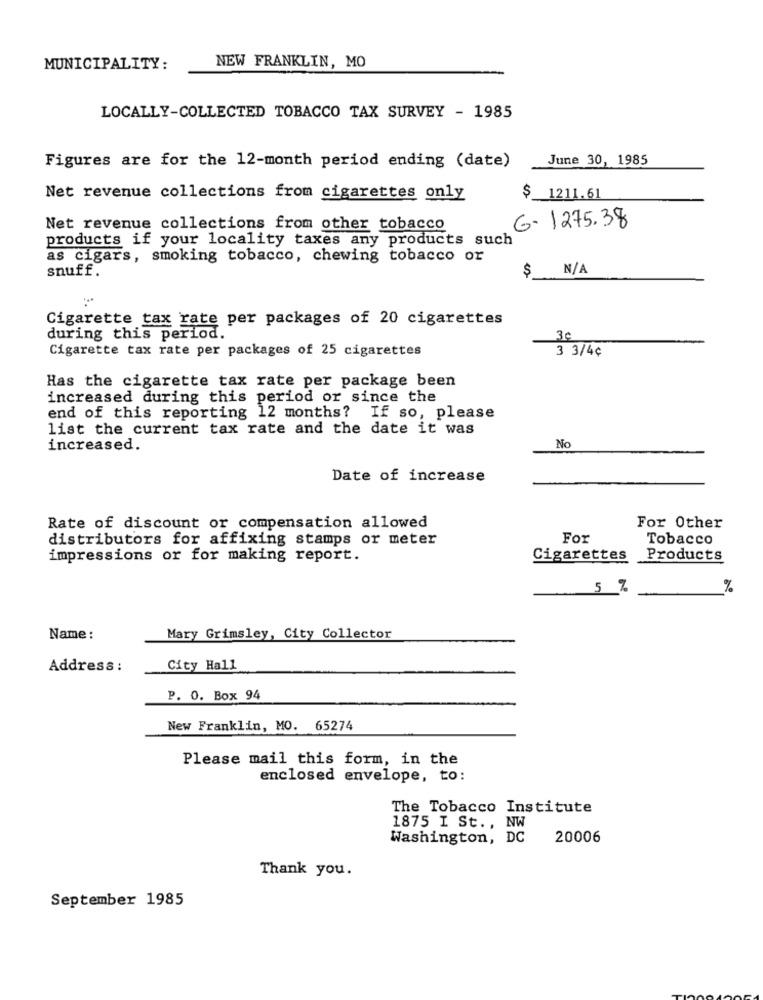
MUNICIPALITY:
NEW FRANKLIN, MO
LOCALLY-COLLECTED TOBACCO TAX SURVEY - 1985
June 30, 1985
Figures are for the 12-month period ending (date)
Net revenue collections from cigarettes only
$ 1211.61
G- 1275.38
Net revenue collections from other tobacco
products if your locality taxes any products such
as cigars, smoking tobacco, chewing tobacco or
snuff.
$
Cigarette tax rate per packages of 20 cigarettes
during this period.
30
Cigarette tax rate per packages of 25 cigarettes
3 3/4¢
Has the cigarette tax rate per package been
increased during this period or since the
end of this reporting 12 months? If so, please
list the current tax rate and the date it was
No
increased.
Date of increase
Rate of discount or compensation allowed
For Other
distributors for affixing stamps or meter
For
Tobacco
impressions or for making report.
Cigarettes
Products
5 %
%
Name :
Mary Grimsley, City Collector
Address :
City Hall
P. O. Box 94
New Franklin, MO. 65274
Please mail this form, in the
enclosed envelope, to:
The Tobacco Institute
1875 I St ., NW
Washington, DC
20006
Thank you.
September 1985